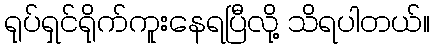
ရုပ်ရှင်ရိုက်ကူးနေရပြီလို့ သိရပါတယ်။